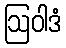
ဩဝါဒံ